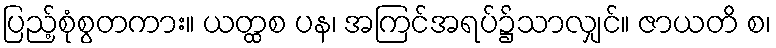
ပြည့်စုံစွတကား။ ယတ္ထစ ပန၊ အကြင်အရပ်၌သာလျှင်။ ဇာယတိ စ၊